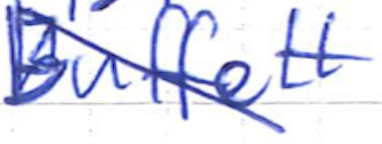
Text: Buffett
Cross-out: diagonal
Writing tool: ballpoint